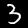
Digit: 3